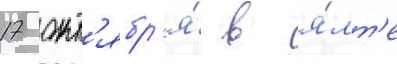
17 окт'ябр'я́ в я́лт'е